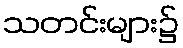
သတင်းများ၌